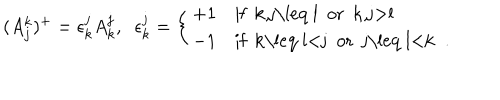
LaTeX: ( A _ { j } ^ { k } ) ^ { + } = \epsilon _ { k } ^ { j } A _ { k } ^ { j } , \; \; \epsilon _ { k } ^ { j } = \left\{ \begin{array} { l l } { { + 1 } } & { { \mathrm { i f ~ k , j \leq ~ l ~ o r ~ k , j > l ~ } } } \\ { { - 1 } } & { { \mathrm { i f ~ k \leq ~ l < j ~ o r ~ j \leq ~ l < k ~ } \; . } } \\ \end{array} \right.